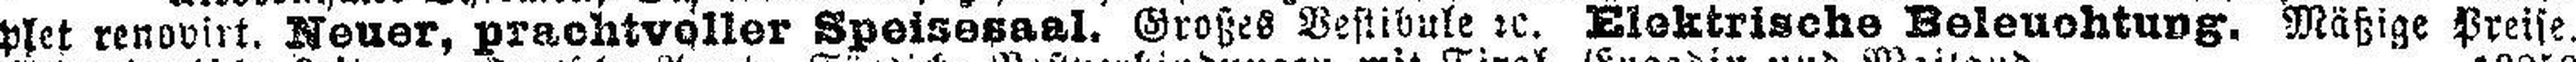
plet renovirt. Neuer, prachtvoller Speisesaal. Großes Vestibule 2c. Elektrische Beleuchtung. Mäßige Preise.